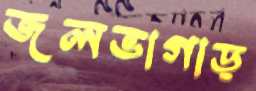
জলভাগাড়